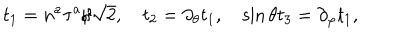
t _ { 1 } = n ^ { a } \tau ^ { a } / \sqrt { 2 } , \quad t _ { 2 } = \partial _ { \theta } t _ { 1 } , \quad \sin \theta t _ { 3 } = \partial _ { \varphi } t _ { 1 } ,